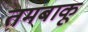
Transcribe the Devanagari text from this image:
तमबाकू